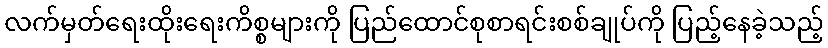
လက်မှတ်ရေးထိုးရေးကိစ္စများကို ပြည်ထောင်စုစာရင်းစစ်ချုပ်ကို ပြည့်နေခဲ့သည့်